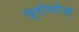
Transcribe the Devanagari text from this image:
प्रोपोज़्